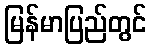
မြန်မာပြည်တွင်